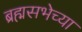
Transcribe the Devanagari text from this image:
ब्रह्मसभेच्या